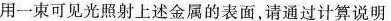
用一束可见光照射上述金属的表面，请通过计算说明